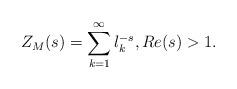
LaTeX: \begin{align*}Z_M(s) = \sum_{k=1}^\infty \l_k^{-s}, Re(s) > 1.\end{align*}